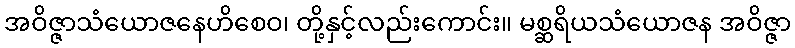
အဝိဇ္ဇာသံယောဇနေဟိစေဝ၊ တို့နှင့်လည်းကောင်း။ မစ္ဆရိယသံယောဇန အဝိဇ္ဇာ